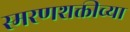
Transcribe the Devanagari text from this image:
स्मरणशक्तीच्या